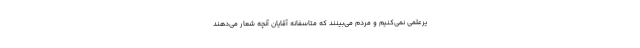
یرعلمی نمی‌کنیم و مردم می‌بینند که متاسفانه آقایان آنچه شعار می‌دهند